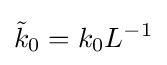
{\tilde {k}}_{0}=k_{0}L^{-1}